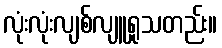
လုံးလုံးလျစ်လျူရှုသတည်း။